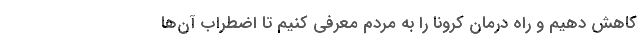
کاهش دهیم و راه درمان کرونا را به مردم معرفی کنیم تا اضطراب آن‌ها